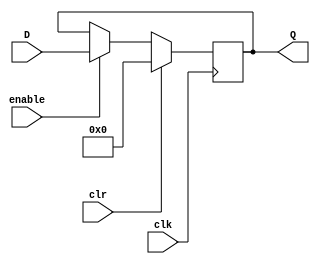
/* Representation of a register in Verilog HDL. */
/* Declared 3, 1-bit signals, 1, 32-bit D-input, and 1, 32-bit Q-output. */
/* Data type of each signal/input is a wire and output is a reg. */
module register(input clk, input clr, input enable, input [31:0] D, output reg [31:0] Q);

    /* While loop that iterates every positive clock edge. */
    always @(posedge clk) 
    begin
        /* If clear signal is high, set Q output to 0. */
        if(clr)
            Q <= 0;

        /* If enable signal is high, set Q output to follow (or equal to) D input. */
        else if(enable)
            Q = D;        
    end
endmodule // Register end.